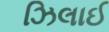
ઝિલાઈ